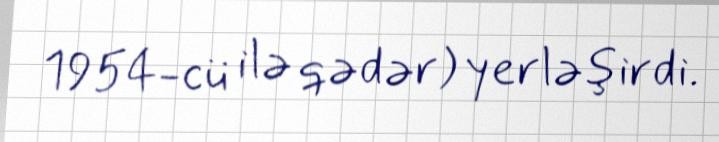
1954-cü ilə qədər) yerləşirdi.